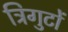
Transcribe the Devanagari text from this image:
त्रिगुटों